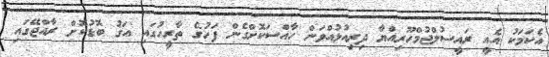
އެކަމަކު އެއީ ރައީސުލްޖުމްހޫރިއްޔާ ދިރިއުޅުއްވަން ހާއްސަކޮށްގެން ފަހުގެ ތާރީހުގައި އަގު ބޮޑުކޮށް ރާއްޖޭގައި